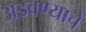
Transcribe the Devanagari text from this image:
अडवण्याचे